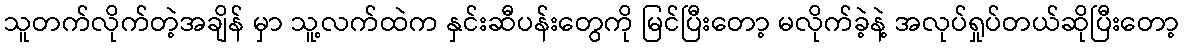
သူတက်လိုက်တဲ့အချိန် မှာ သူ့လက်ထဲက နှင်းဆီပန်းတွေကို မြင်ပြီးတော့ မလိုက်ခဲ့နဲ့ အလုပ်ရှုပ်တယ်ဆိုပြီးတော့